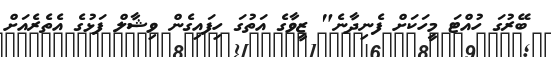
ބޭރުގަ ހުއްޓަ މީހަކަށް ފެނިދާނެ" ޒީވާގެ އަތުގަ ހިފައިގެން ވިޝާލް ފަޅުގެ އެތެރެއަށް